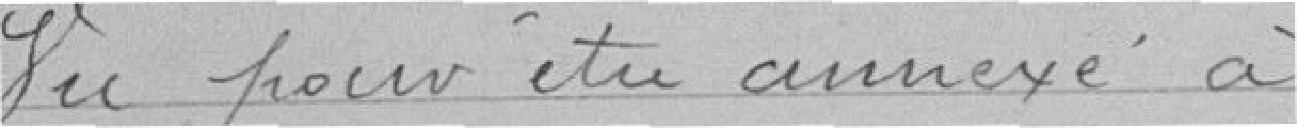
Vu pour être annexé à